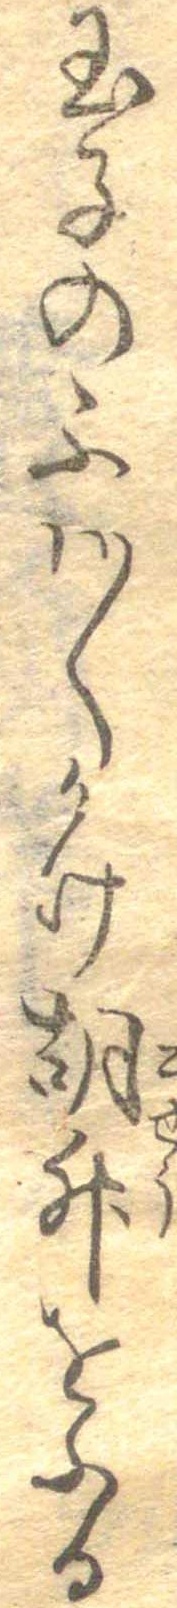
玉子のふは〱かけ胡椒をふる